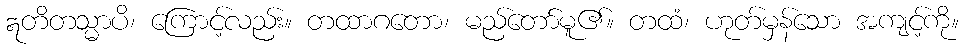
ဣတိတသ္မာပိ၊ ကြောင့်လည်း။ တထာဂတော၊ မည်တော်မူ၏။ တထံ၊ ဟုတ်မှန်သော အကျင့်ကို။